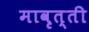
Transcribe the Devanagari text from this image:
मावृत्ती